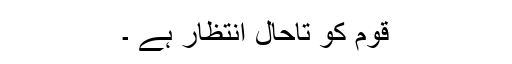
قوم کو تاحال انتظار ہے ۔